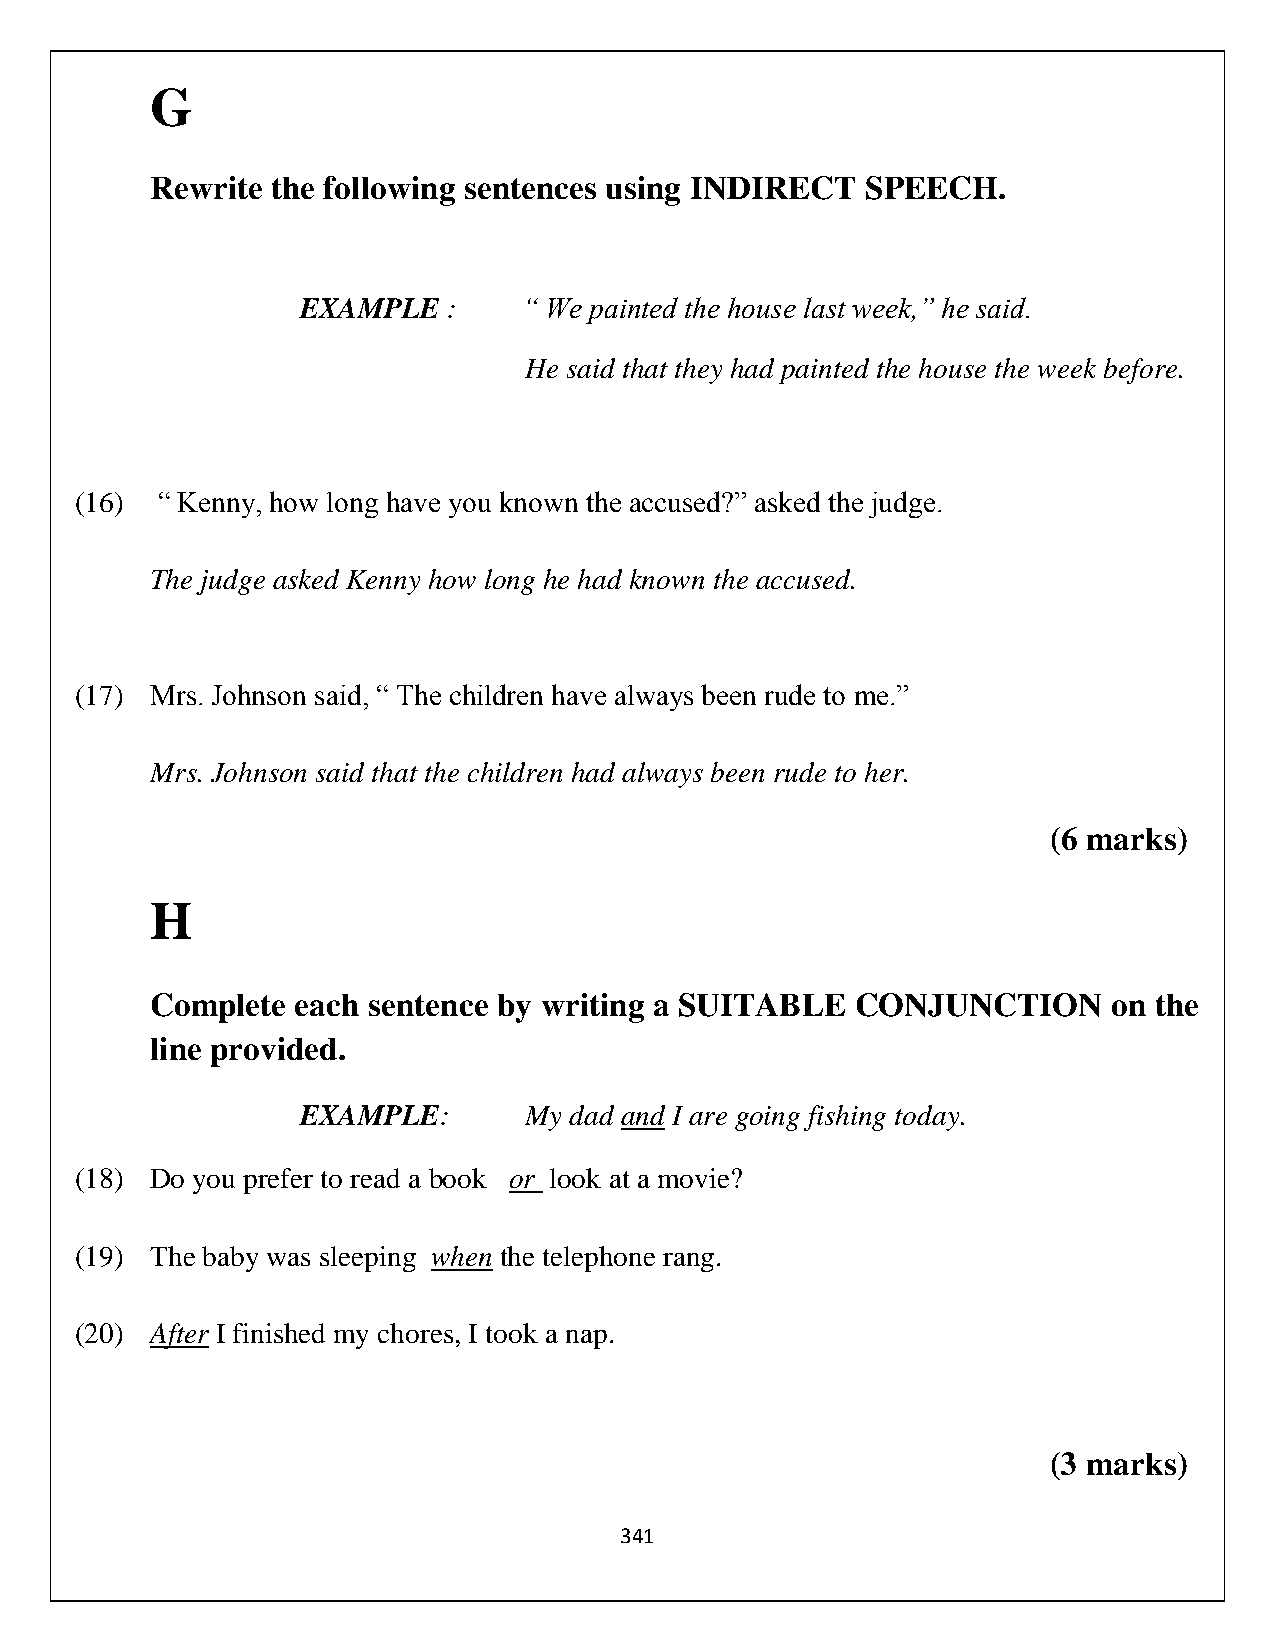
G
 Rewrite the following sentences using INDIRECT SPEECH.
 EXAMPLE   :    “ We painted the house last week,” he said.
 He said that they had painted the house the week before.
 (16) “ Kenny, how long have you known the accused?” asked the judge.
 The judge asked Kenny how long he had known the accused.
 (17) Mrs. Johnson said, “ The children have always been rude to me.”
 Mrs. Johnson said that the children had always been rude to her.
 (6 marks)
 H
 Complete  each sentence by writing a SUITABLE  CONJUNCTION      on the
 line provided.
 EXAMPLE:       My dad and I are going fishing today.
 (18) Do you prefer to read a book or look at a movie?
 (19) The baby was sleeping when the telephone rang.
 (20) After I finished my chores, I took a nap.
 (3 marks)
 341